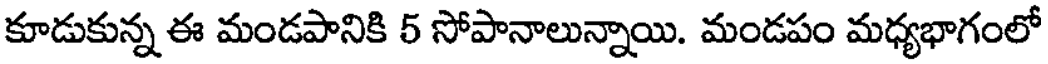
కూడుకున్న ఈ మండపానికి 5 సోపానాలున్నాయి. మండపం మధ్యభాగంలో